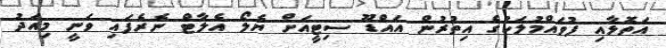
އަތޮޅާއި ފުވައްމުލަކުގެ އިތުރުން އައްޑޫ ސިޓީއަށް ޔެލޯ އެލާޓް ނެރެފައި ވަނީ މިއަދު